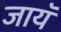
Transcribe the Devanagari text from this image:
जायॅ